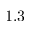
1 . 3